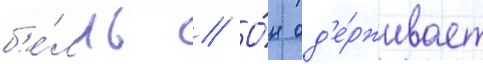
б'е́лль // О́н од'е́рживает